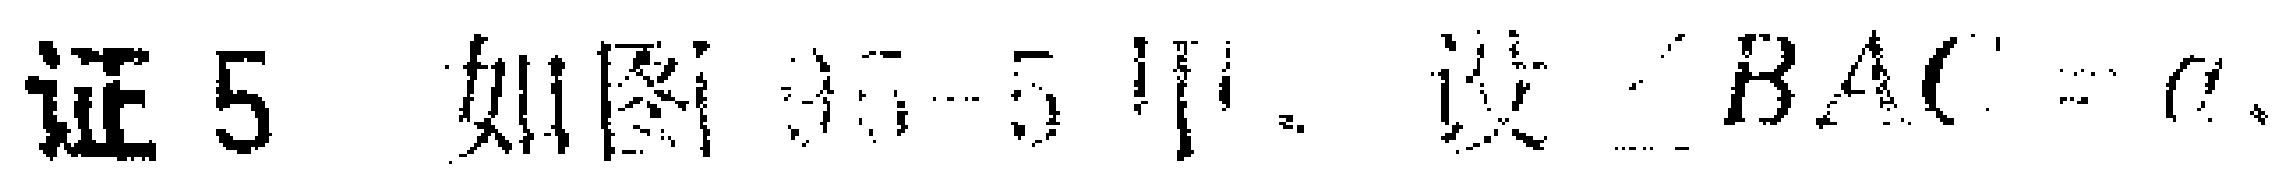
证5. 如图 中，设\(\angle BAC = \alpha\)。